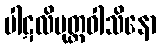
ပါဋလိပုတ္တဝါသိနော